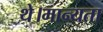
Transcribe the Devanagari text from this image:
थे।मान्यता